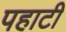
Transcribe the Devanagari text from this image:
पहाटी